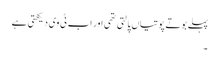
پہلے بوتے پوتیاں پالتی تھی اور اب ٹی وی دیکھتی ہے
۔